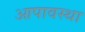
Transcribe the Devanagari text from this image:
आपावस्था